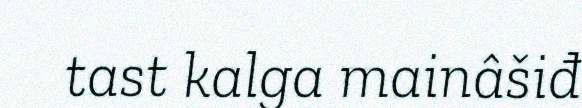
tast kalga mainâšiđ